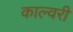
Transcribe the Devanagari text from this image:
काल्वरी